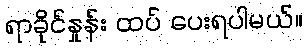
ရာခိုင်နှုန်း ထပ် ပေးရပါမယ်။